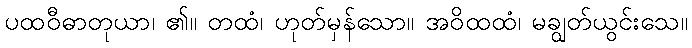
ပထဝီဓာတုယာ၊ ၏။ တထံ၊ ဟုတ်မှန်သော။ အဝိထထံ၊ မချွတ်ယွင်းသေ။